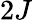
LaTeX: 2J